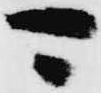
可